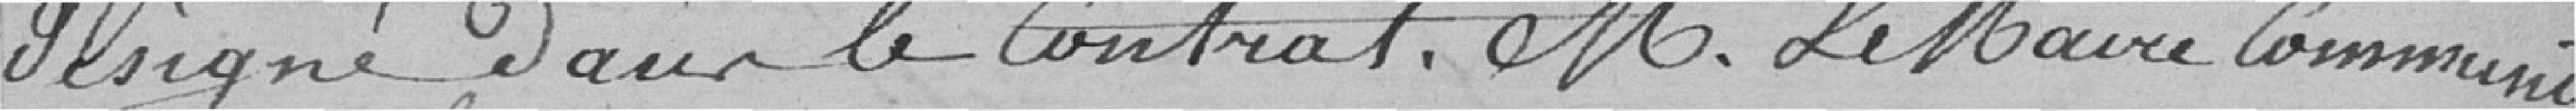
désignée dans le contrat. Monsieur le Maire communique